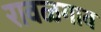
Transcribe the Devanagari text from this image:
रावळगाव